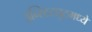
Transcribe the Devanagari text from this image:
इन्स्टिट्युटमध्ये